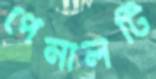
পেনালটি